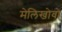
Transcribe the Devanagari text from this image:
मेलिखोवो